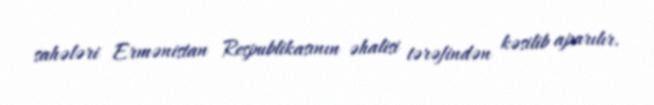
sahələri Ermənistan Respublikasının əhalisi tərəfindən kəsilib aparılır.